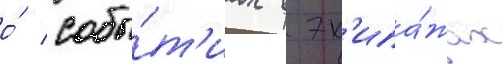
о́ собы́т'иах в эк'ипа́жах